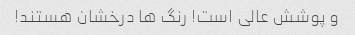
و پوشش عالی است! رنگ ها درخشان هستند!